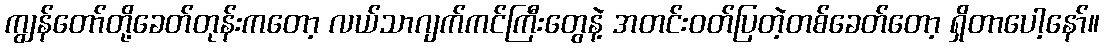
ကျွန်တော်တို့ခေတ်တုန်းကတော့ လယ်သာဂျက်ကင်ကြီးတွေနဲ့ အတင်းဝတ်ပြတဲ့တစ်ခေတ်တော့ ရှိတာပေါ့နော်။